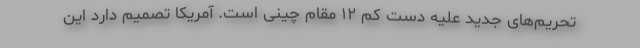
تحریم‌های جدید علیه دست کم ۱۲ مقام چینی است. آمریکا تصمیم دارد این